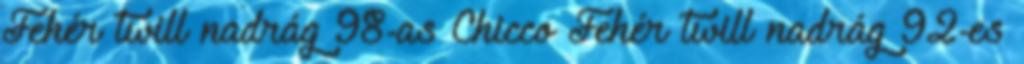
Fehér twill nadrág 98-as Chicco Fehér twill nadrág 92-es